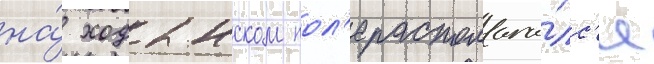
на́ ходынском пол'е располага́лс'я